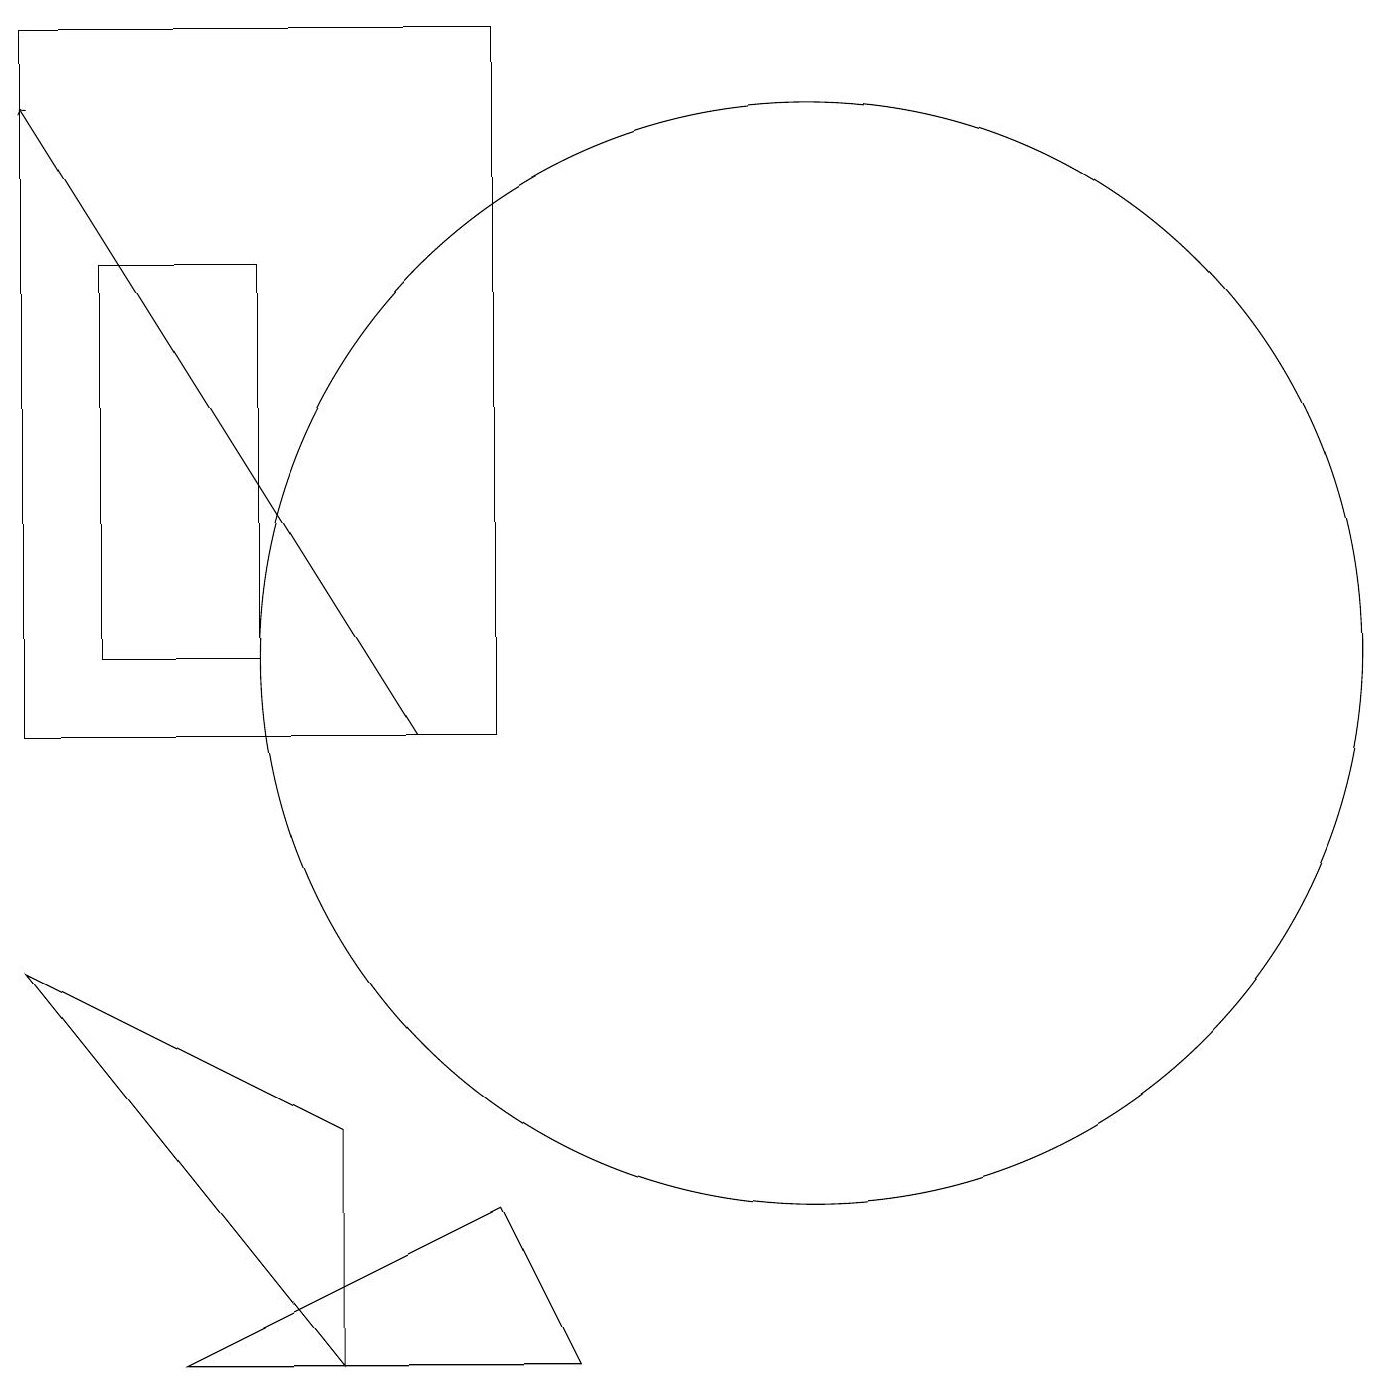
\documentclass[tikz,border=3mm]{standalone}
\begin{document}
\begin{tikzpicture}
\draw (4,5) -- (4,2) -- (0,7) -- cycle;
\draw[->] (5,10) -- (0,18);
\draw (6,10) rectangle (0,19);
\draw (10,11) circle (7);
\draw (1,16) rectangle (3,11);
\draw (6,4) -- (7,2) -- (2,2) -- cycle;
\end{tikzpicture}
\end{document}